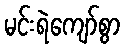
မင်းရဲကျော်စွာ